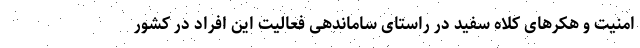
امنیت و هکرهای کلاه سفید در راستای ساماندهی فعالیت این افراد در کشور